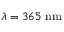
\lambda = 3 6 5 \mathrm { ~ n m }